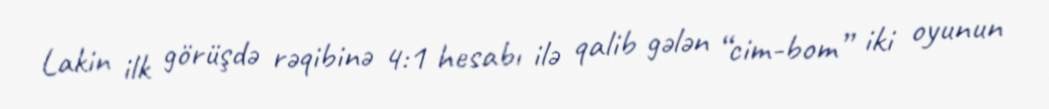
Lakin ilk görüşdə rəqibinə 4:1 hesabı ilə qalib gələn “cim-bom” iki oyunun